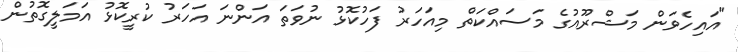
"އައިހެވަން މަޝްރޫއުގެ މަސައްކަތް މިއަހަރު ފަހުކޮޅު ނުވަތަ އަންނަ އަހަރު ކުރީކޮޅު އަމަލީގޮތުން